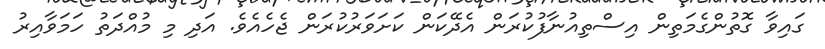
ގައިވާ ގޮތުންގެމަތިން އިސްތިއުނާފުކުރަން އެދޭކަން ކަށަވަރުކުރަން ޖެހެއެވެ. އަދި މި މުއްދަތު ހަމަވާއިރު